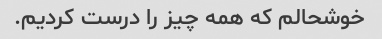
خوشحالم که همه چیز را درست کردیم.